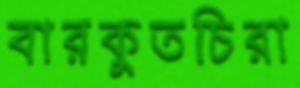
বারকুতচিরা